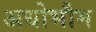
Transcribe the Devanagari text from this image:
अधोभौम